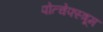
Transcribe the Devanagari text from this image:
पोत्चेफ्स्त्रूम